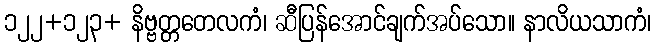
၁၂၂+၁၂၃+ နိဗ္ဗတ္တတေလကံ၊ ဆီပြန်အောင်ချက်အပ်သော။ နာလိယသာကံ၊